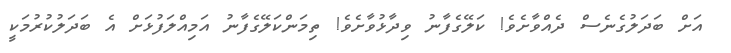
އަށް ބަދަލުގެނެސް ދެއްވާށެވެ! ކަލޭގެފާނު ވިދާޅުވާށެވެ! ތިމަންކަލޭގެފާނު އަމިއްލަފުޅަށް އެ ބަދަލުކުރުމަކީ